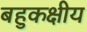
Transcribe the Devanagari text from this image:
बहुकक्षीय